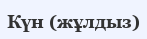
Күн (жұлдыз)